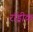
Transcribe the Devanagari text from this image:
रॉड्रीक